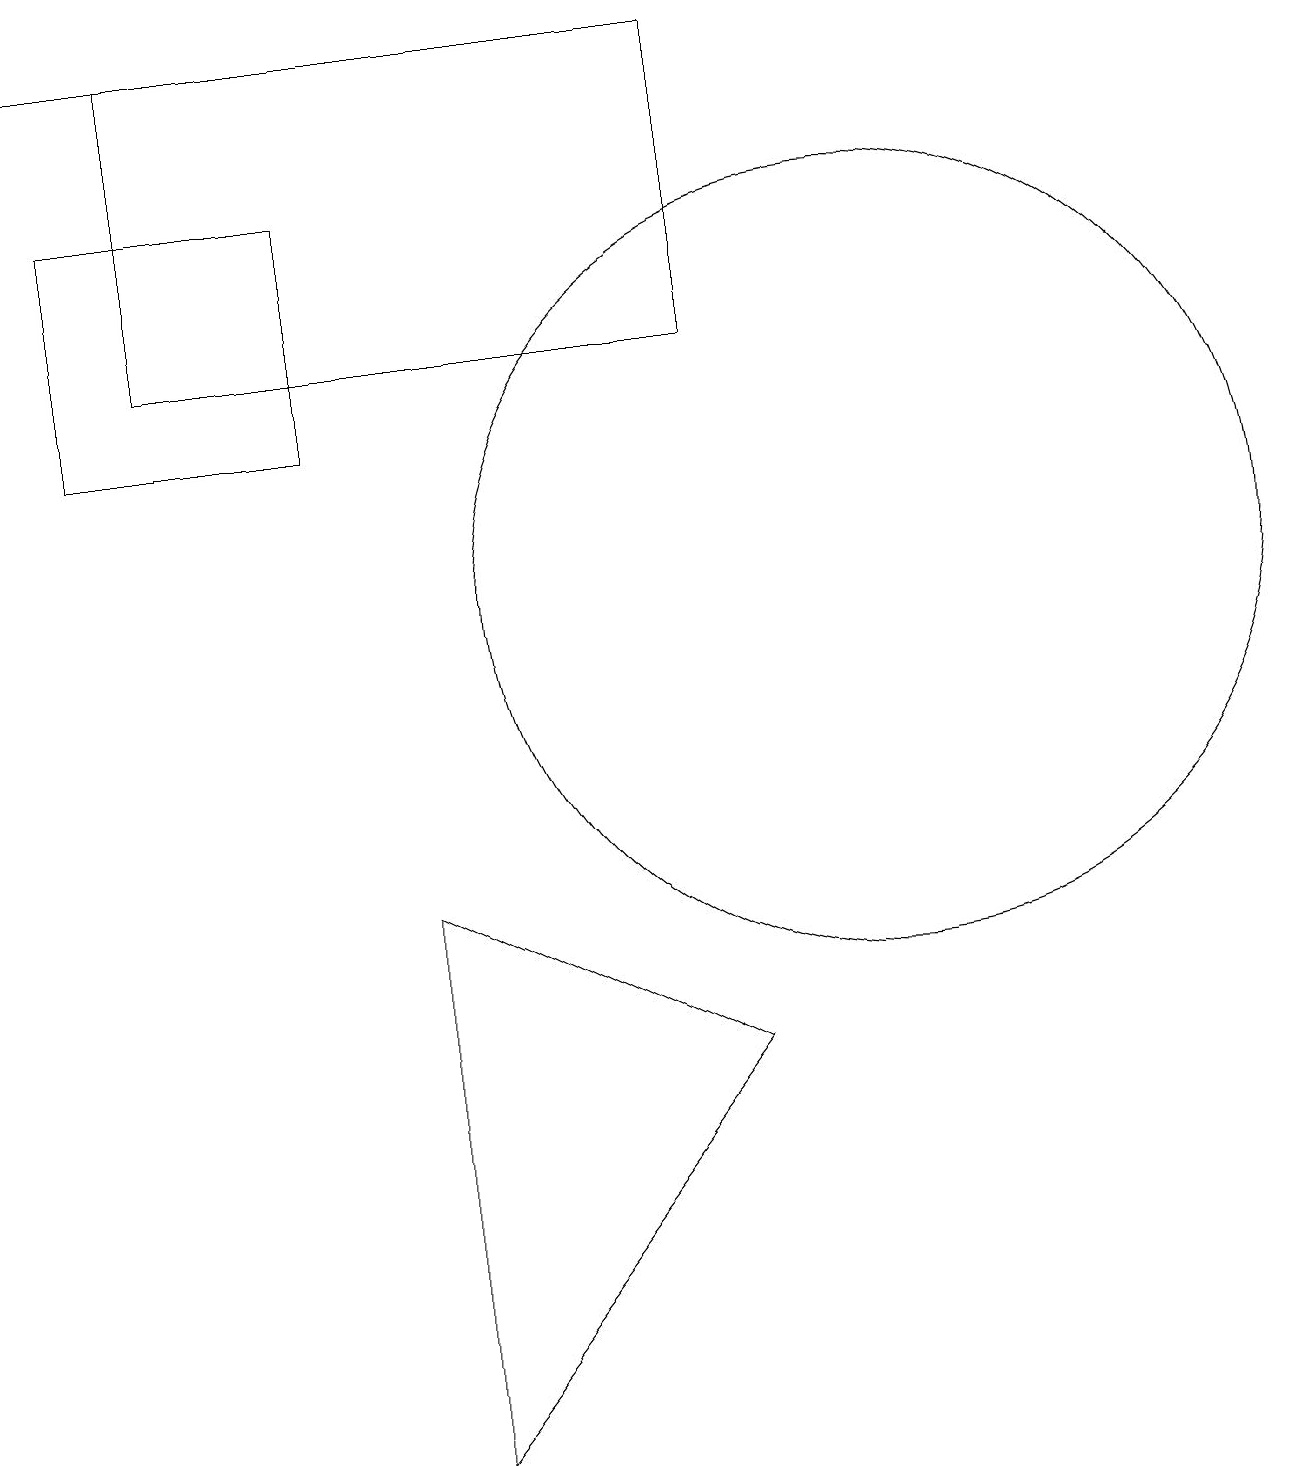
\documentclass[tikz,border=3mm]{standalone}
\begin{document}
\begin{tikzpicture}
\draw (11,11) circle (5);
\draw (2,14) rectangle (9,18);
\draw (9,5) -- (5,7) -- (5,0) -- cycle;
\draw[->] (6,18) -- (0,18);
\draw (1,16) rectangle (4,13);
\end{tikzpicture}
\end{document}